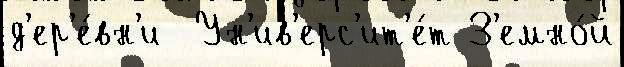
д'ер'е́вн'и  Ун'ив'ерс'ит'е́т З'емно́й